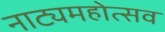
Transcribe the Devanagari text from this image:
नाट्यमहोत्सव